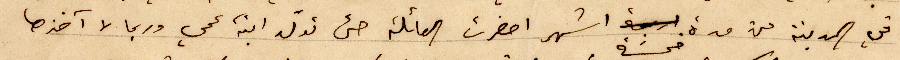
في المدينة من مدة خمسَة أشهر احضرت العائلة حتى تولد ابنة عمي وريما لا آخذها